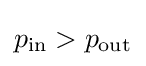
p_{\text{in}}>p_{\text{out}}